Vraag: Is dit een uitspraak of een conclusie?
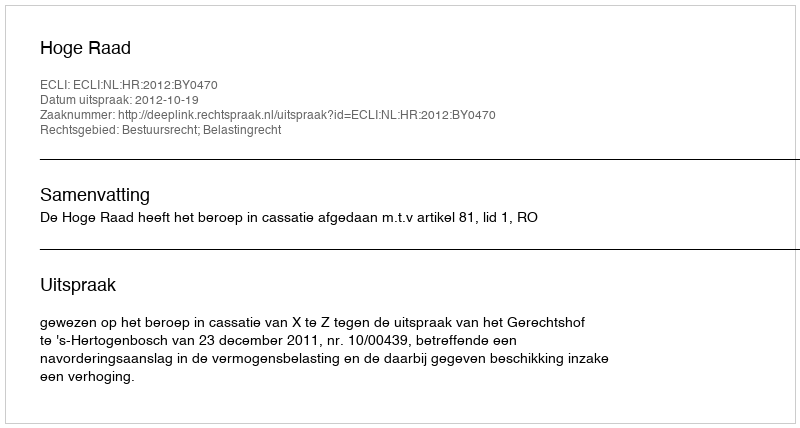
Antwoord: Uitspraak